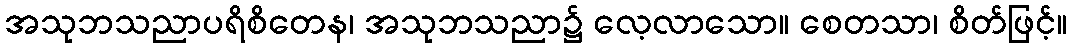
အသုဘသညာပရိစိတေန၊ အသုဘသညာ၌ လေ့လာသော။ စေတသာ၊ စိတ်ဖြင့်။